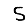
Digit: 5